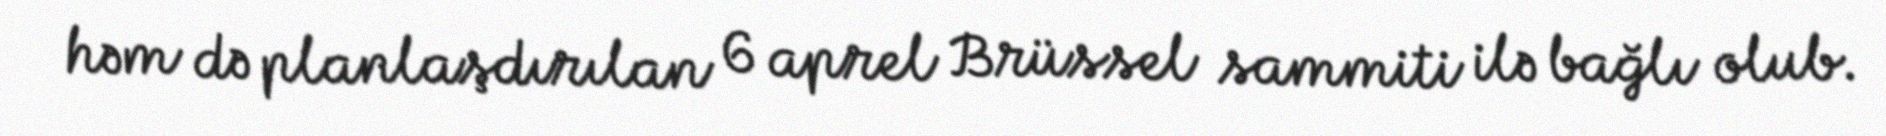
həm də planlaşdırılan 6 aprel Brüssel sammiti ilə bağlı olub.